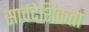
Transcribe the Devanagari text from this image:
सार्वदेशिकता